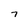
Character: 7